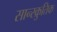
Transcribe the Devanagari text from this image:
सान्स्क्रुतिक